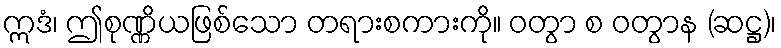
ဣဒံ၊ ဤစုဏ္ဏိယဖြစ်သော တရားစကားကို။ ဝတွာ စ ဝတွာန (ဆဋ္ဌ)၊